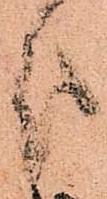
分